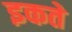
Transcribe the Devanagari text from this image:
इकते